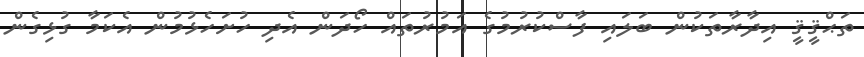
ތަޙްޤީޤީ އިދާރާތަކުން ބަލައި ފާސްކުރުމުގެ އަމުރުތައް ހޯދަން އެދި ހުށަހެޅުމުން އެކަމާ ގުޅިގެން